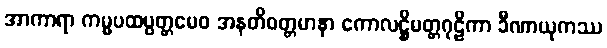
အာကာရာ ကမ္မပထပ္ပတ္တမေဝ အနတိဝတ္တမာနာ ကောလဋ္ဌိမတ္တဂုဠိကာ ခီဏာယုကဿ